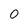
Character: 0